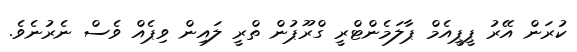
ކުރަން އޭރު ޕީޕީއެމް ޕާލަމެންޓްރީ ގްރޫޕުން ތްރީ ލައިން ވިޕެއް ވެސް ނެރުނެވެ.